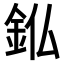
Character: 𮡫